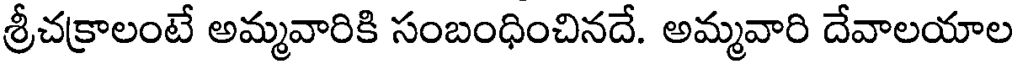
శ్రీచక్రాలంటే అమ్మవారికి సంబంధించినదే. అమ్మవారి దేవాలయాల